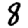
Digit: 8